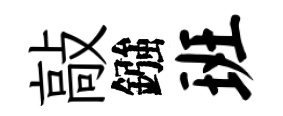
敲鏹班